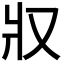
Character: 𤕭